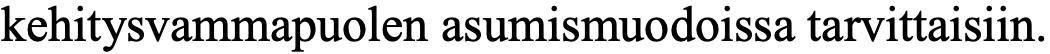
kehitysvammapuolen asumismuodoissa tarvittaisiin.